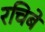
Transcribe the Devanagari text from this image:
रचिबे